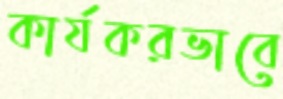
কার্যকরভাবে